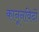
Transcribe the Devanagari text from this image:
कानूनविदों